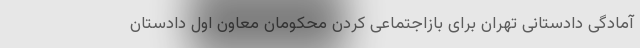
آمادگی دادستانی تهران برای بازاجتماعی کردن محکومان معاون اول دادستان